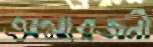
অমারজনী